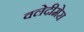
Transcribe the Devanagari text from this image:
वलेदीमेरा